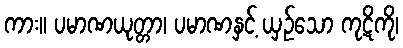
ကား။ ပမာဏယုတ္တာ၊ ပမာဏနှင့် ယှဉ်သော ကုဋိကို၊